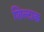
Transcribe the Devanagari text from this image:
शिल्टाक